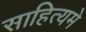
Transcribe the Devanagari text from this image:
साहित्यमे